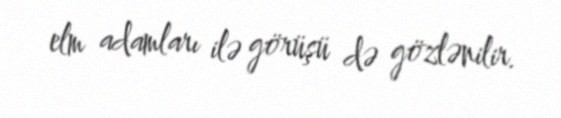
elm adamları ilə görüşü də gözlənilir.